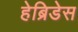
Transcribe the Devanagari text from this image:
हेब्रिडेस